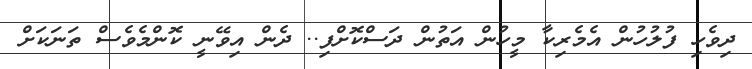
ދިވެހި ފުލުހުން އެމެރިކާ މީހުން އަތުން ދަސްކޮށްފި.. ދެން އިވޭނީ ކޮންމެވެސް ތަނަކަށް